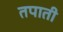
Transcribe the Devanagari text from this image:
तपाती